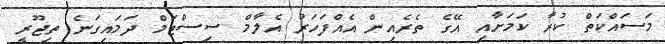
މަސައްކަތް ކުރާ ކަމަށާއި އޭގެ ތެރެއިން އެއްފަހަރު އެލާމް ސިސްޓަމް ދަމައިގަނެ ތިޖޫރީ